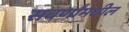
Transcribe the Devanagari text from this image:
सवर्णांमधील